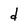
Character: d